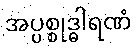
အပ္ပစ္စုဒ္ဓါရဏံ